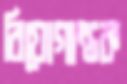
বিয়োগান্তক